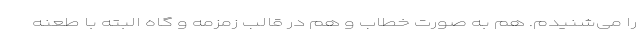
را می‌شنیدم. هم به صورت خطاب و هم در قالب زمزمه و گاه البته با طعنه